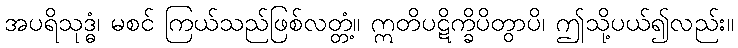
အပရိသုဒ္ဓံ၊ မစင် ကြယ်သည်ဖြစ်လတ္တံ့။ ဣတိပဋိက္ခိပိတွာပိ၊ ဤသို့ပယ်၍လည်း။